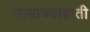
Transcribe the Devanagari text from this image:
साम्राज्याहाती